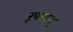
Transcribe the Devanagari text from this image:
रूपवान्